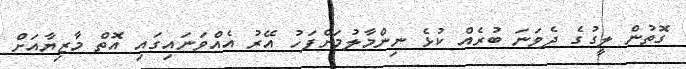
ގޮތުން ލީގުގެ ދެވަނަ ބުރެއް ކުޅެ ނިންމާލުމަށްފަހު އޭރު އެއްވަނައިގައި އޮތް މާޒިޔާއަށް